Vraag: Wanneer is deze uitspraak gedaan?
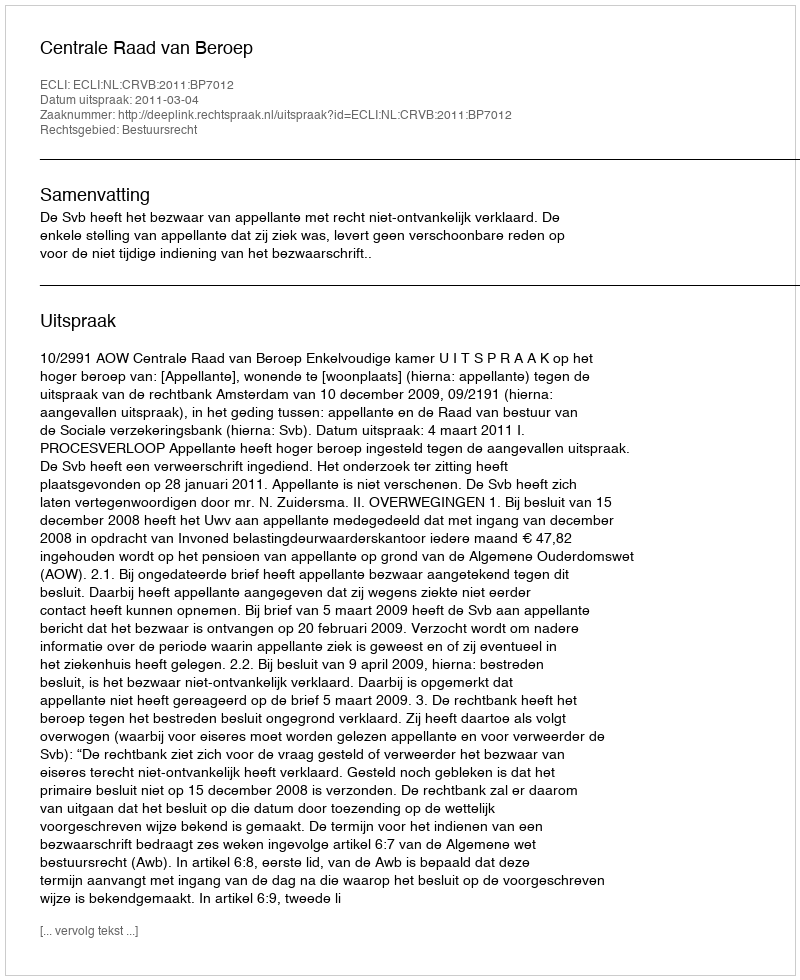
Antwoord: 2011-03-04